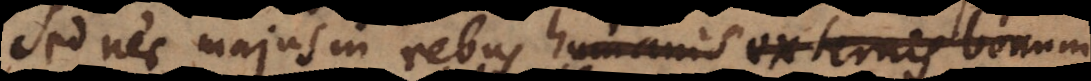
Sed nec majus in rebus humanis extern